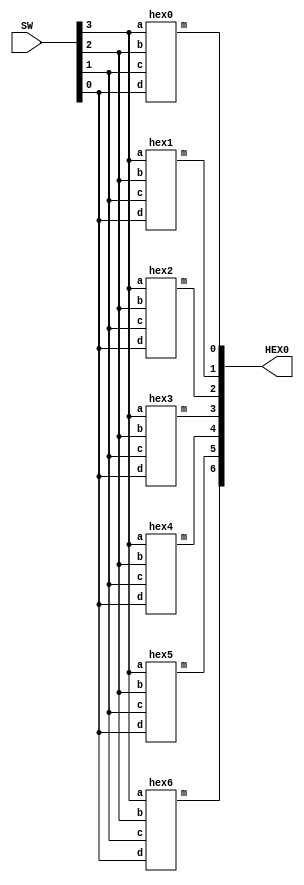
module hexDisplay(SW, HEX0);
	input [3:0] SW;
	output [6:0] HEX0;
	   
	hex0 h0(
		.d(SW[0]),
		.c(SW[1]),
		.b(SW[2]),
		.a(SW[3]),
		.m(HEX0[0])
		);
		
	hex1 h1(
		.d(SW[0]),
		.c(SW[1]),
		.b(SW[2]),
		.a(SW[3]),
		.m(HEX0[1])
		);

	hex2 h2(
		.d(SW[0]),
		.c(SW[1]),
		.b(SW[2]),
		.a(SW[3]),
		.m(HEX0[2])
		);

	hex3 h3(
		.d(SW[0]),
		.c(SW[1]),
		.b(SW[2]),
		.a(SW[3]),
		.m(HEX0[3])
		);

	hex4 h4(
		.d(SW[0]),
		.c(SW[1]),
		.b(SW[2]),
		.a(SW[3]),
		.m(HEX0[4])
		);

	hex5 h5(
		.d(SW[0]),
		.c(SW[1]),
		.b(SW[2]),
		.a(SW[3]),
		.m(HEX0[5])
		);

	hex6 h6(
		.d(SW[0]),
		.c(SW[1]),
		.b(SW[2]),
		.a(SW[3]),
		.m(HEX0[6])
		);
						  			 
	   
endmodule




module hex0(a,b,c,d,m);
	input a;
	input b;
	input c;
	input d;
	output m;
	assign m = ~a & ~b & ~c & d | ~a & b & ~c & ~d | a & b & ~c & d | a & ~b & c & d;
endmodule



module hex1(a,b,c,d,m);
	input a;
	input b;
	input c;
	input d;
	output m;
	assign m = ~a & b & ~c & d | b & c & ~d | a & c & d | a & b & ~d;
endmodule
		 
		 
module hex2(a,b,c,d,m);
	input a;
	input b;
	input c;
	input d;
	output m;
	assign m = ~a & ~b & c & ~d | a & b & ~d | a & b & c;
endmodule 



module hex3(a,b,c,d,m);
	input a;
	input b;
	input c;
	input d;
	output m;
	assign m = ~b & ~c & d | ~a & b & ~c & ~d | b & c & d | a & ~b & c & ~d;
endmodule


module hex4(a,b,c,d,m);
	input a;
	input b;
	input c;
	input d;
	output m;
	assign m = ~a & d | ~a & b & ~c | ~b & ~c & d ;
endmodule 




module hex5(a,b,c,d,m);
	input a;
	input b;
	input c;
	input d;
	output m;
	assign m = ~a & ~b & d | ~a & ~b & c | ~a & c & d | a & b & ~c & d;
endmodule 




module hex6(a,b,c,d,m);
	input a;
	input b;
	input c;
	input d;
	output m;
	assign m = ~a & ~b & ~c | ~a & b & c & d | a & b & ~c & ~d;
endmodule